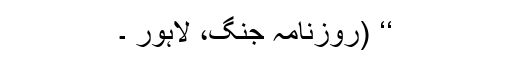
‘‘ (روزنامہ جنگ، لاہور ۔